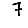
Digit: 7